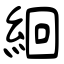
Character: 絗